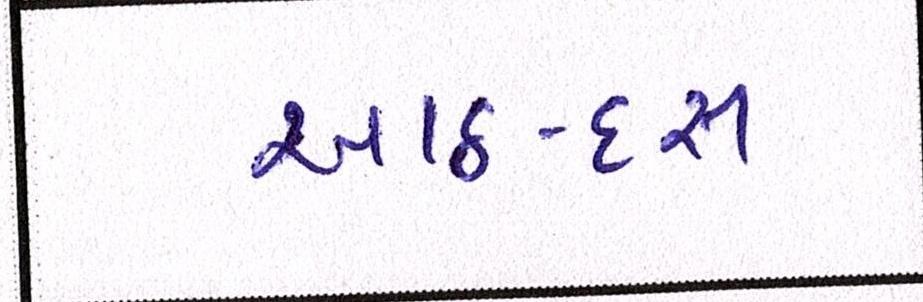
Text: આઠ-દસ